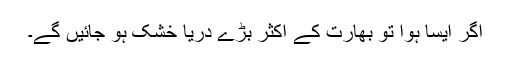
اگر ایسا ہوا تو بھارت کے اکثر بڑے دریا خشک ہو جائیں گے۔